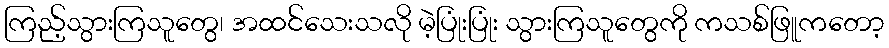
ကြည့်သွားကြသူတွေ၊ အထင်သေးသလို မဲ့ပြုံးပြုံး သွားကြသူတွေကို ကသစ်ဖြူကတော့